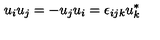
u _ { i } u _ { j } = - u _ { j } u _ { i } = \epsilon _ { i j k } u _ { k } ^ { * }